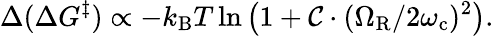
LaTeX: \Delta(\Delta G^{\ddagger})\propto-k_{\mathrm{B}}T\ln\left(1+\mathcal{C}\cdot({\Omega_{\mathrm{R}}}/{2\omega_{\mathrm{c}}})^{2}\right).